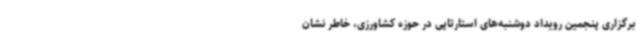
برگزاری پنجمین رویداد دوشنبه‌های استارتاپی در حوزه کشاورزی، خاطر نشان